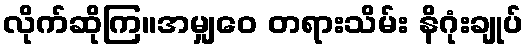
လိုက်ဆိုကြ။အမျှဝေ တရားသိမ်း နိဂုံးချုပ်